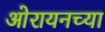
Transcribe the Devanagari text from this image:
ओरायनच्या